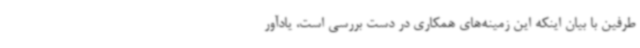
طرفین با بیان اینکه این زمینه‌های همکاری در دست بررسی است، یادآور